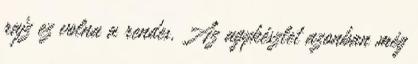
rajz ez volna a rendes. Az agykészlet azonban még